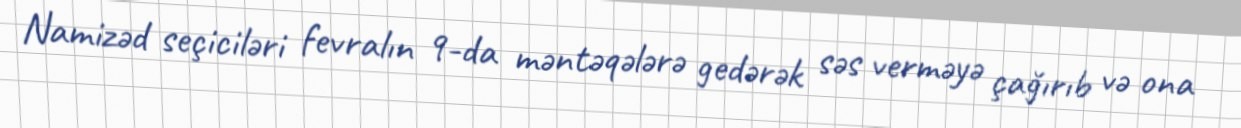
Namizəd seçiciləri fevralın 9-da məntəqələrə gedərək səs verməyə çağırıb və ona